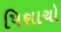
પિશાચો